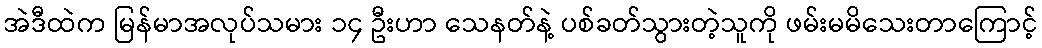
အဲဒီထဲက မြန်မာအလုပ်သမား ၁၄ ဦးဟာ သေနတ်နဲ့ ပစ်ခတ်သွားတဲ့သူကို ဖမ်းမမိသေးတာကြောင့်